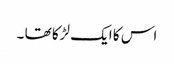
اس کا ایک لڑکا تھا ۔